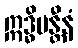
ဣဒ္ဓိမန္တီနံ